Code of medical and sanitary regulations for the guidance of medical officers serving in the Madras Presidency - Volume II
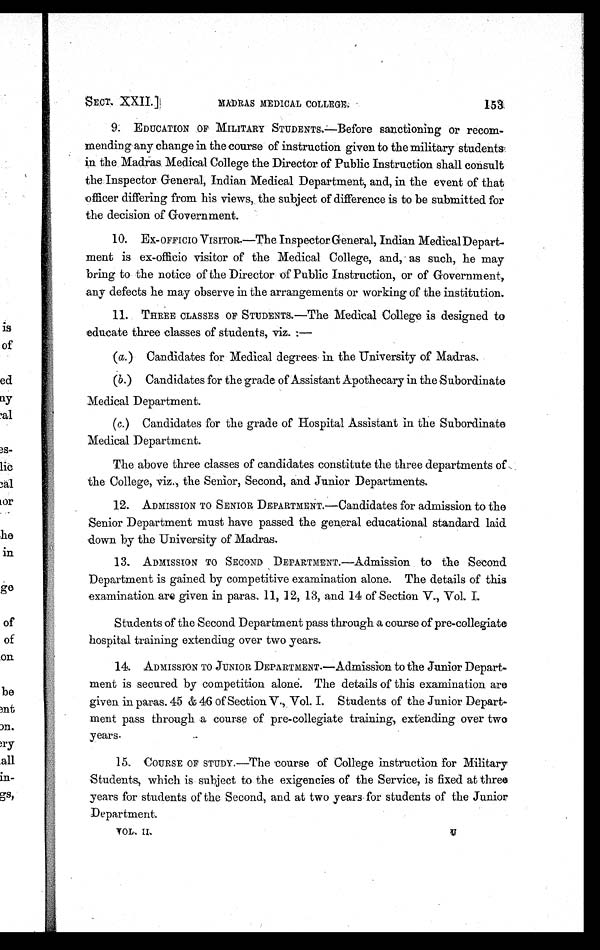
SECT. XXII.]
MADRAS MEDICAL COLLEGE.
153
9. EDUCATION OF MILITARY STUDENTS.—Before sanctioning or recom-
mending any change in the course of instruction given to the military students
in the Madras Medical College the Director of Public Instruction shall consult
the Inspector General, Indian Medical Department, and, in the event of that
officer differing from his views, the subject of diff erence is to be submitted for
the decision of Government.
10. EX-OFFICIO VISITOR.—The Inspector General, Indian Medical Depart-
ment is ex-officio visitor of the Medical College, and, as such, he may
bring to the notice of the Director of Public Instruction, or of Government,
any defects he may observe in the arrangements or working of the institution.
11. THREE CLASSES OF STUDENTS.—The Medical College is designed to
educate three classes of students, viz.:—
(a.)
Candidates for Medical degrees in the University of Madras.
(b.) Candidates for the grade of Assistant Apothecary in the Subordinate
Medical Department.
(c.) Candidates for the grade of Hospital Assistant in the Subordinate
Medical Department.
The above three classes of candidates constitute the three departments of
the College, viz., the Senior, Second, and Junior Departments.
12. ADMISSION TO SENIOR DEPARTMENT.—Candidates for admission to the
Senior Department must have passed the general educational standard laid
down by the University of Madras.
13. ADMISSION TO SECOND DEPARTMENT.—Admission to the Second
Department is gained by competitive examination alone. The details of this
examination are given in paras. 11, 12, 13, and 14 of Section V., Vol. I.
Students of the Second Department pass through a course of pre-collegiate
hospital training extending over two years.
14. ADMISSION TO JUNIOR DEPARTMENT.—Admission to the Junior Depart-
ment is secured by competition alone. The details of this examination are
given in paras. 45 & 46 of Section V., Vol. I. Students of the Junior Depart-
ment pass through a course of pre-collegiate training, extending over two
years.
15. COURSE OF STUDY.—The course of College instruction for Military
Students, which is subject to the exigencies of the Service, is fixed at three
years for students of the Second, and at two years for students of the Junior
Department.
V O L . I I .